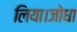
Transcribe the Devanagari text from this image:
लिया।जोधा